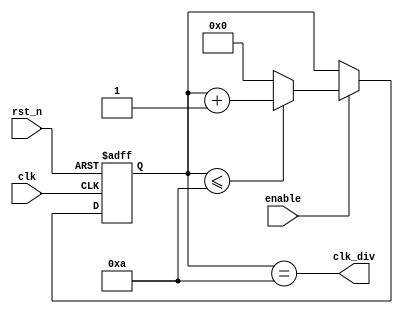
module divFrecv #(
    parameter DIV_FACTOR = 10
)(
    input clk,
    input rst_n,
    input enable,

    output clk_div
);
    reg[31:0] cnt;
    always @(posedge clk or negedge rst_n) begin
        if(~rst_n) cnt <= 0;
        else if(enable)
        begin 
            if(cnt <= DIV_FACTOR) cnt <= cnt +1;
            else cnt <=0;
        end
        
    end

assign clk_div = (cnt ==DIV_FACTOR);//
endmodule